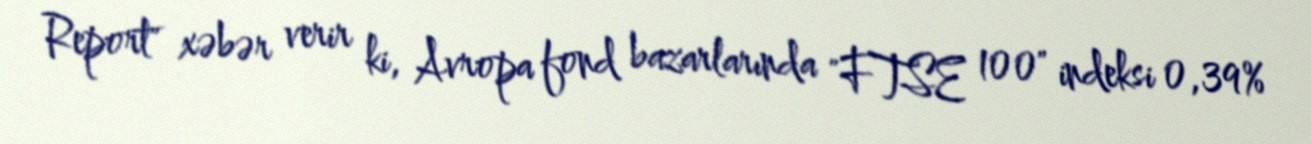
Report" xəbər verir ki, Avropa fond bazarlarında "FTSE 100" indeksi 0,39%